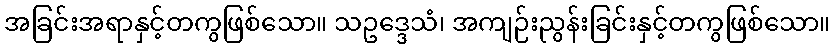
အခြင်းအရာနှင့်တကွဖြစ်သော။ သဥဒ္ဒေသံ၊ အကျဉ်းညွန်းခြင်းနှင့်တကွဖြစ်သော။